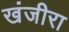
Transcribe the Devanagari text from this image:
खंजीरा